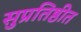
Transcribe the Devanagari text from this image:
सुप्रतिष्ठीत